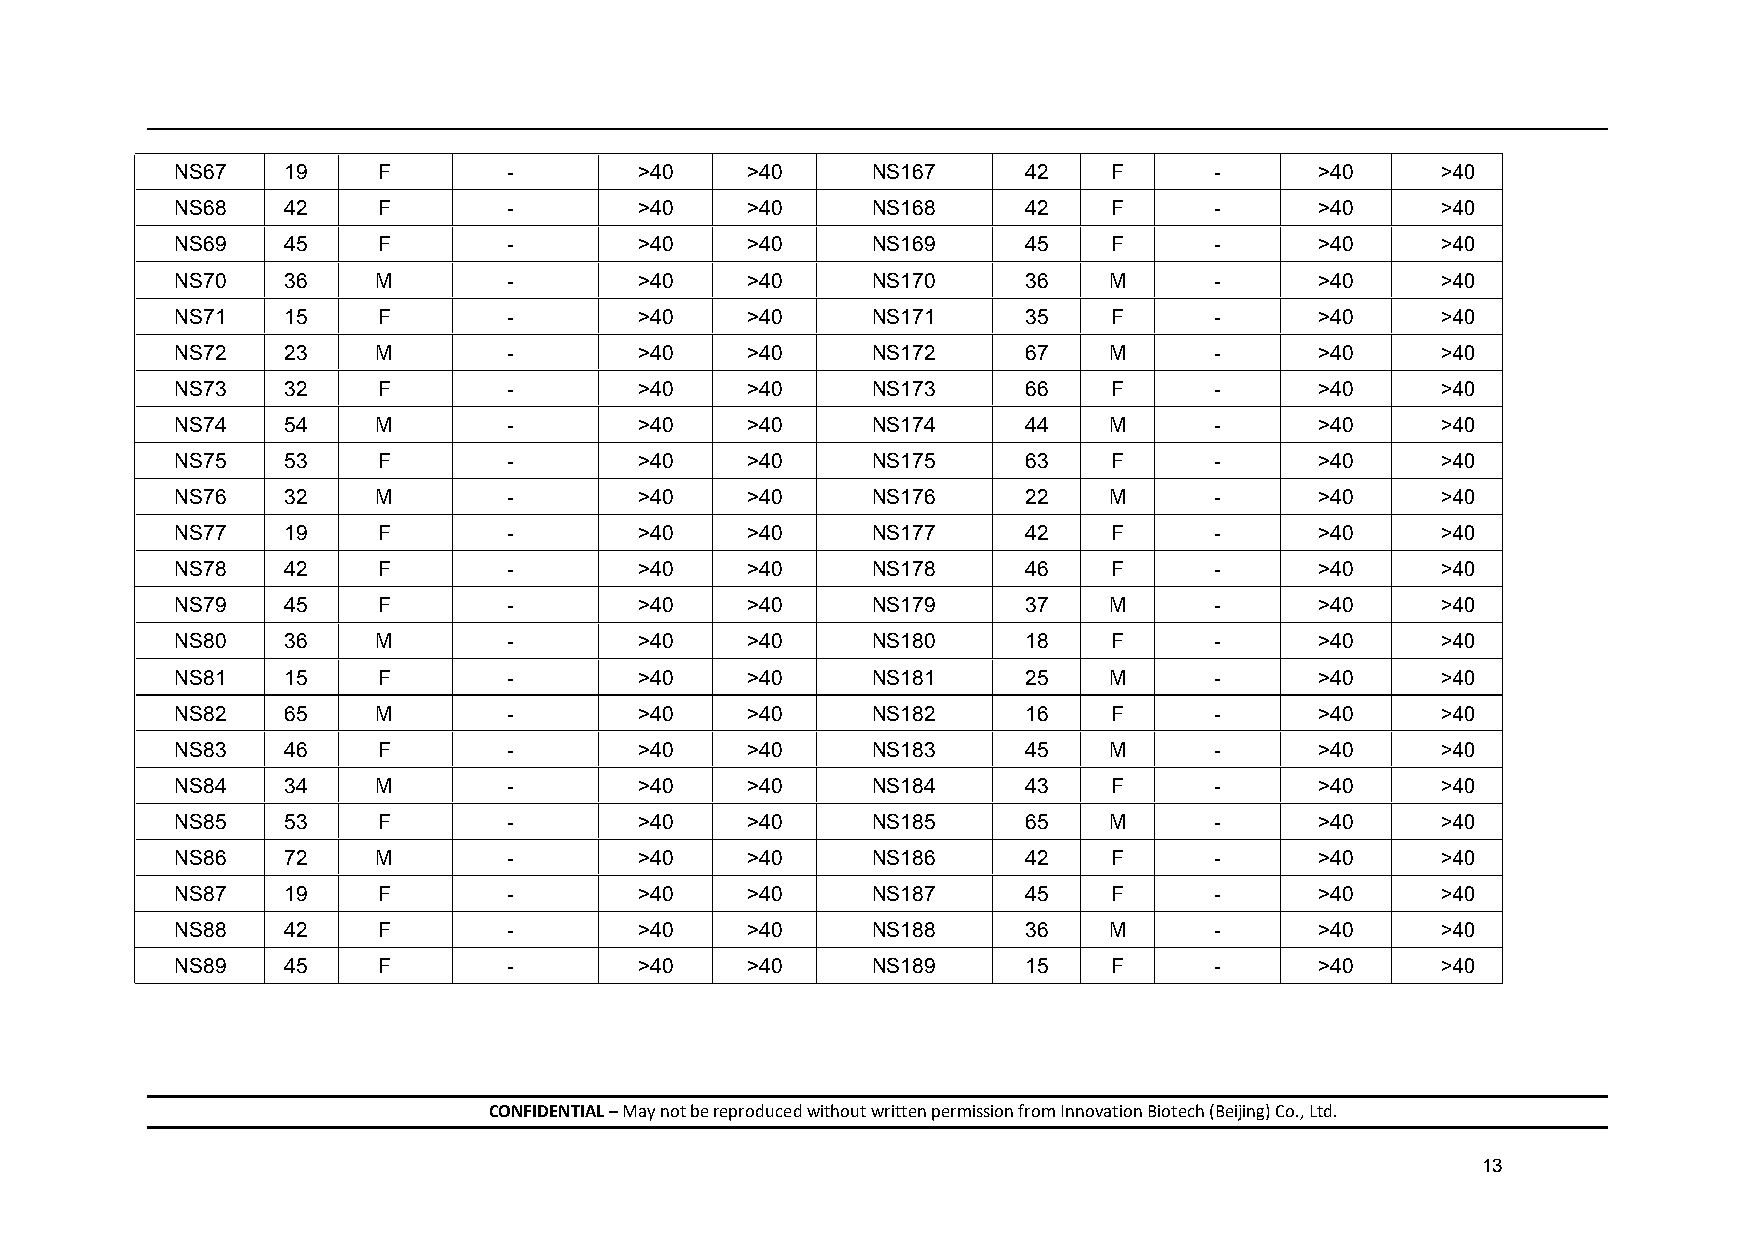
NS67   19    F        -       >40    >40      NS167     42    F     -      >40     >40
 NS68   42    F        -       >40    >40      NS168     42    F     -      >40     >40
 NS69   45    F        -       >40    >40      NS169     45    F     -      >40     >40
 NS70   36    M        -       >40    >40      NS170     36   M      -      >40     >40
 NS71   15    F        -       >40    >40      NS171     35    F     -      >40     >40
 NS72   23    M        -       >40    >40      NS172     67   M      -      >40     >40
 NS73   32    F        -       >40    >40      NS173     66    F     -      >40     >40
 NS74   54    M        -       >40    >40      NS174     44   M      -      >40     >40
 NS75   53    F        -       >40    >40      NS175     63    F     -      >40     >40
 NS76   32    M        -       >40    >40      NS176     22   M      -      >40     >40
 NS77   19    F        -       >40    >40      NS177     42    F     -      >40     >40
 NS78   42    F        -       >40    >40      NS178     46    F     -      >40     >40
 NS79   45    F        -       >40    >40      NS179     37   M      -      >40     >40
 NS80   36    M        -       >40    >40      NS180     18    F     -      >40     >40
 NS81   15    F        -       >40    >40      NS181     25   M      -      >40     >40
 NS82   65    M        -       >40    >40      NS182     16    F     -      >40     >40
 NS83   46    F        -       >40    >40      NS183     45   M      -      >40     >40
 NS84   34    M        -       >40    >40      NS184     43    F     -      >40     >40
 NS85   53    F        -       >40    >40      NS185     65   M      -      >40     >40
 NS86   72    M        -       >40    >40      NS186     42    F     -      >40     >40
 NS87   19    F        -       >40    >40      NS187     45    F     -      >40     >40
 NS88   42    F        -       >40    >40      NS188     36   M      -      >40     >40
 NS89   45    F        -       >40    >40      NS189     15    F     -      >40     >40
 CONFIDENTIAL – May not be reproduced without written permission from Innovation Biotech (Beijing) Co., Ltd.
 13